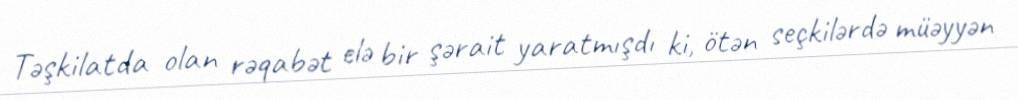
Təşkilatda olan rəqabət elə bir şərait yaratmışdı ki, ötən seçkilərdə müəyyən